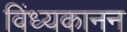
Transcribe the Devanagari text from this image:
विंध्यकानन